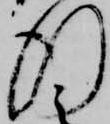
行